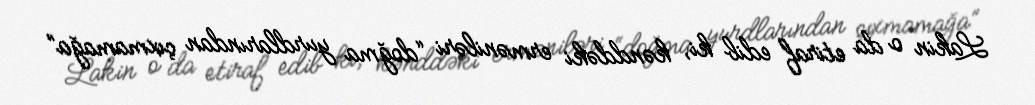
Lakin o da etiraf edib ki, kənddəki erməniləri “doğma yurdlarından çıxmamağa”